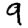
Digit: 9